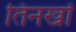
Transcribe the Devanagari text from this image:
तिनखों